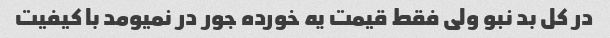
در کل بد نبو ولی فقط قیمت یه خورده جور در نمیومد با کیفیت